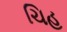
ચિહ